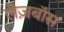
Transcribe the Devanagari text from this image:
लेज़बॉस